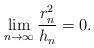
LaTeX: \begin{align*}\lim_{n\to \infty} \frac{r_n^2}{h_n} = 0 . \end{align*}